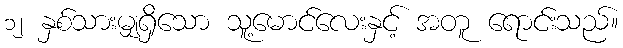
၁၂ နှစ်သားမျှရှိသော သူ့မောင်လေးနှင့် အတူ ရောင်းသည်။